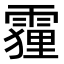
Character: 𮦦